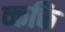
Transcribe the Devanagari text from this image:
व्कक्ति